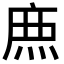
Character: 𮭱